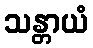
သန္တာယံ